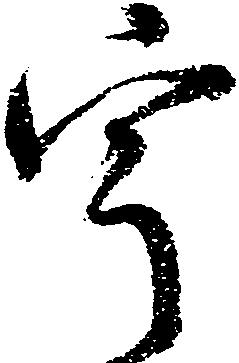
宇